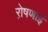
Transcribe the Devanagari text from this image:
रो़षणाई